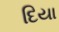
દિયા